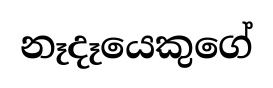
නෑදෑයෙකුගේ